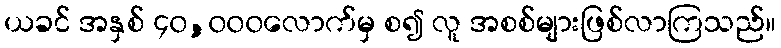
ယခင် အနှစ် ၄၀,၀၀၀လောက်မှ စ၍ လူ အစစ်များဖြစ်လာကြသည်။